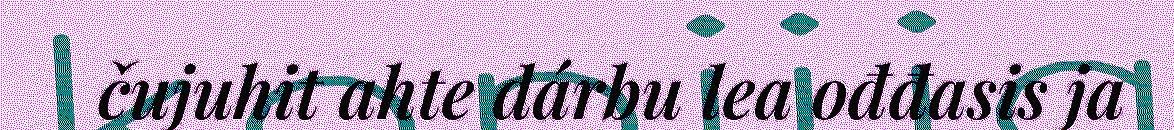
čujuhit ahte dárbu lea ođđasis ja